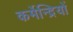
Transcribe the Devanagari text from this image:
कर्मेन्द्रियों